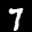
Label: 7